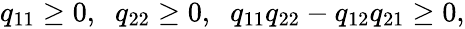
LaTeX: \begin{array}{r}{q_{11}\ge 0,\; \; q_{22}\ge 0,\; \; q_{11}q_{22}-q_{12}q_{21}\ge 0,}\end{array}